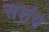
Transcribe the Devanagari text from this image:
सशंय